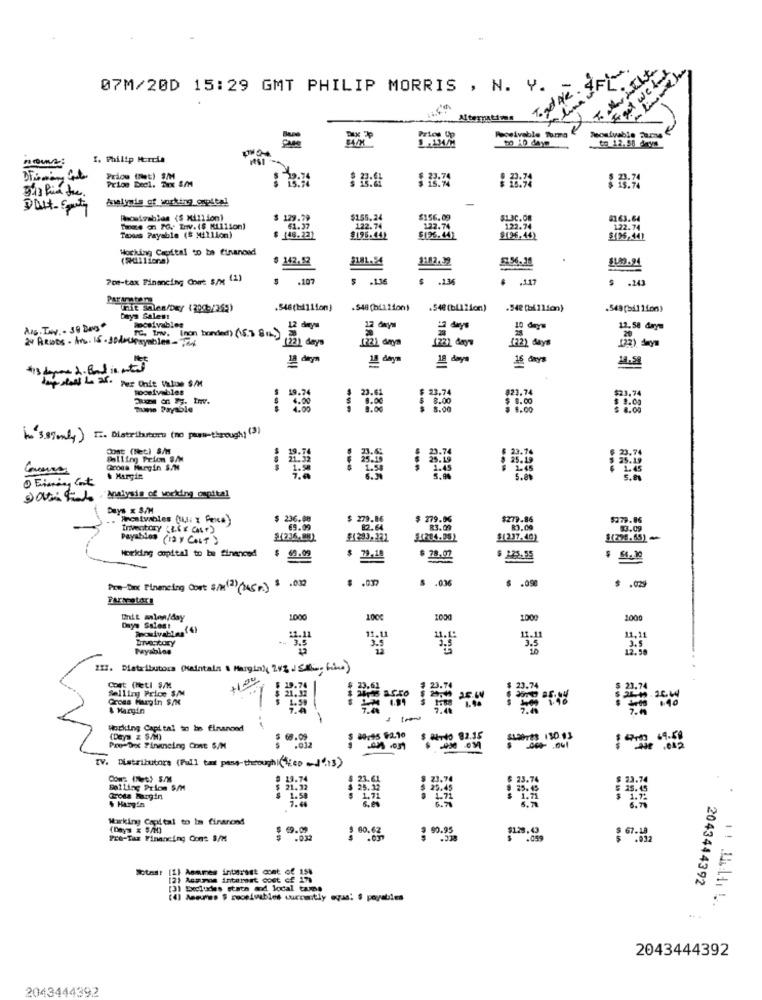
Togd NR. 45/-
To listhte
We bank
07M/20D 15:29 GMT PHILIP MORRIS , N. Y.
clima
wowivable Turma
Tecaivable 21234
to 12.50 days
I. Philip Murcia
Price (et) $/M
$ 23.74
Prioe Deel. Tex S/M
welynis of working capital
Dult_Set
Reostzahlen (5 Million)
$ 129.79
61.37
$155.24
$156.09
$1.3C.OR
$163.64
Tenere on 70. Env. ($ Million)
122.74
122.74
122.74
122.74
Tacos Payable ($ Million)
148.22)
$195.442
$126.44)
$196.442
$(96,441
Working Capital to be financed
142,52
3182,32
Pre-tax Financing Cont S/M (1)
.107
$ .136
.136
$ .117
$
.243
Pararatars
Uit sales/osy (2005/365)
. 548 (nLition)
.548 (billion)
.549[så11fon)
Days Sales!
Receivables
12 days
12 days
10 days
12.58 days
2. ARwos- An. 15. 30doupayables-Tax
TC, Lowv. (non bonded) (15.3 8m.)
(22) days
(72) days
122) days
20
18 days
16 days
14.59
Joy slaaf Lo 25. Per Unit Value S/M
Roceivables
823.74
$23.74
$ 1.00
moms Payable
---
---
---
$ 9.00
Dont (Net) S/M
Falling Prion S/M
Gross Margin S/M
Eining Conta
& Margin
5.8%
."Analysis of working capital
Days x $/H
Hincaivables (us: x Peice
236.08
$ 279.86
$ 279.06
$279.86
$279.86
69.09
82.64
R3.00
8.00
$3.09
Payables
(12 Y COLT )
$(237.40)
(201.65) -
working capital to be financed
$ 69.09
28.07
$ 225.55
$ .037
$ .036
$ .090
Pre-Dimt Financing Cort &/M(1) (145 r) $ .032
Unit alen/day
1000
100€
100g
1000
2000
-.
11.11
11,11
Payables
3.9
12.50
3.5
11]. Distributora (kaintala & Margla)( 24% JSthe face)
Cort (Heti S/M
14
Selling Price S/M
Gross Margin S/N
& Margin
Working Capital to be finanond
89:45 92.10
$ 68.09
3.012
$ Warto 82.35
1 9.0 69.59
Pro-Det Financing Cont S/M
TV. Distributore (Pull tat pass-through|(Eep J".13)
Com: (et) S/M
13.74
23.61
23.7
Bolling Prion S/M
21.32
$ 25.22
Cots Margin
$ Hangin
1.58
1.44
6.78
Working Capital to Im finanond
69.09
$ 80.62
: 9.93
8 67.18
Pre-Tax Financing Cont S/M
.032
Notas: [1] Asmmes interest cont of 15%
[2) Assumes interest cost of 17
2043444392
[3] Excludes state and local taxes
(4) Assume $ receivables currently ogas: $ payables
2043444392
2043444392